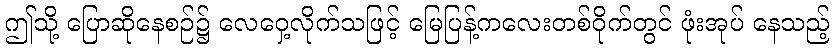
ဤသို့ ပြောဆိုနေစဉ်၌ လေဝှေ့လိုက်သဖြင့် မြေပြန့်ကလေးတစ်ဝိုက်တွင် ဖုံးအုပ် နေသည့်